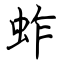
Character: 蚱